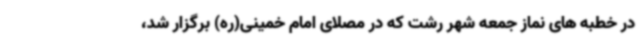
در خطبه های نماز جمعه شهر رشت که در مصلای امام خمینی(ره) برگزار شد،